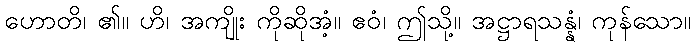
ဟောတိ၊ ၏။ ဟိ၊ အကျိုး ကိုဆိုအံ့။ ဧဝံ၊ ဤသို့။ အဋ္ဌာရသန္နံ၊ ကုန်သော။